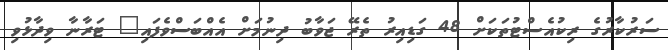
ސަރުކާރުގެ ރިކުއެސްޓުތަކަށް 48 ގަޑިއިރު ތެރޭ ޖަވާބު ދިނުމަށް އެއްބަސްވެފައި" ޓަރާނާ ވިދާޅުވި